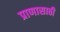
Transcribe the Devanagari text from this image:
प्राणासाठी